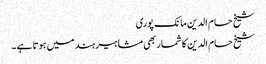
شیخ حسام الدین مانک پوری
شیخ حسام الدین کا شمار بھی مشاہیر ہند میں ہوتا ہے۔